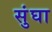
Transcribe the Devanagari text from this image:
सुंघा